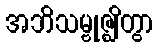
အဘိသမ္ဗုဇ္ဈိတွာ